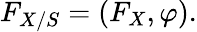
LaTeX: F_{X/S}=(F_{X},\varphi).